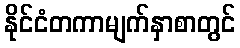
နိုင်ငံတကာမျက်နှာစာတွင်